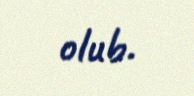
olub.